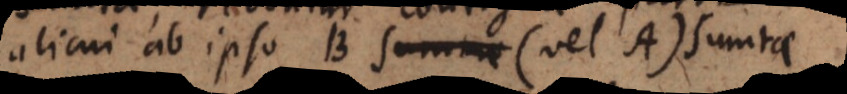
alicui ab ipso B (vel A) sumtae.